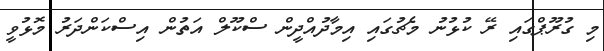
މި ގުރޫޕްގައި ރޭ ކުޅުނު މެޗުގައި އިމާދުއްދީން ސްކޫލް އަތުން އިސްކަންދަރު މޮޅުވީ